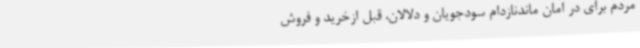
مردم برای در امان ماندنازدام سودجویان و دلالان، قبل ازخرید و فروش